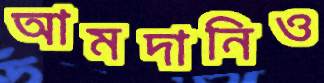
আমদানিও